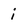
Character: i